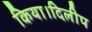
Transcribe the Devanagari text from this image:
किया।दिलीप